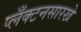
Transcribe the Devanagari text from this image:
प्लँक्टनसारखे